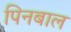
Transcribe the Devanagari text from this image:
पिनबाल